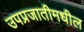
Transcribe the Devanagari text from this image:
उपप्रजातीमधील